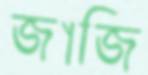
জাজি